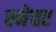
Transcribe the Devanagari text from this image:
स्नेचर